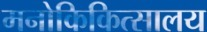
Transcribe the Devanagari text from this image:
मनोकिकित्सालय